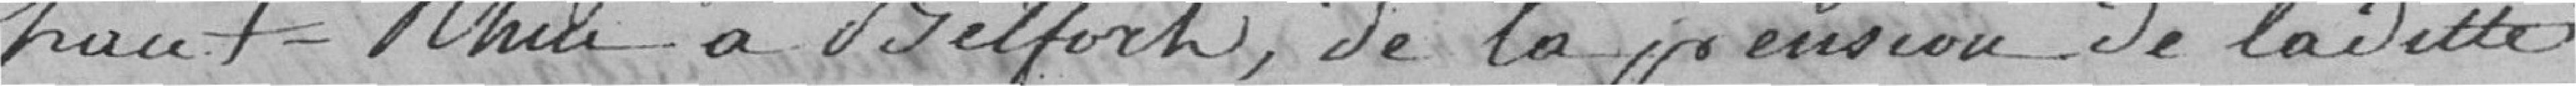
Haut-Rhin à Belfort, de la pension de ladite